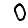
Digit: 0